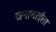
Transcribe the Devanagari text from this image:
जनाबाईंला